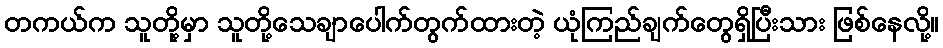
တကယ်က သူတို့မှာ သူတို့သေချာပေါက်တွက်ထားတဲ့ ယုံကြည်ချက်တွေရှိပြီးသား ဖြစ်နေလို့။